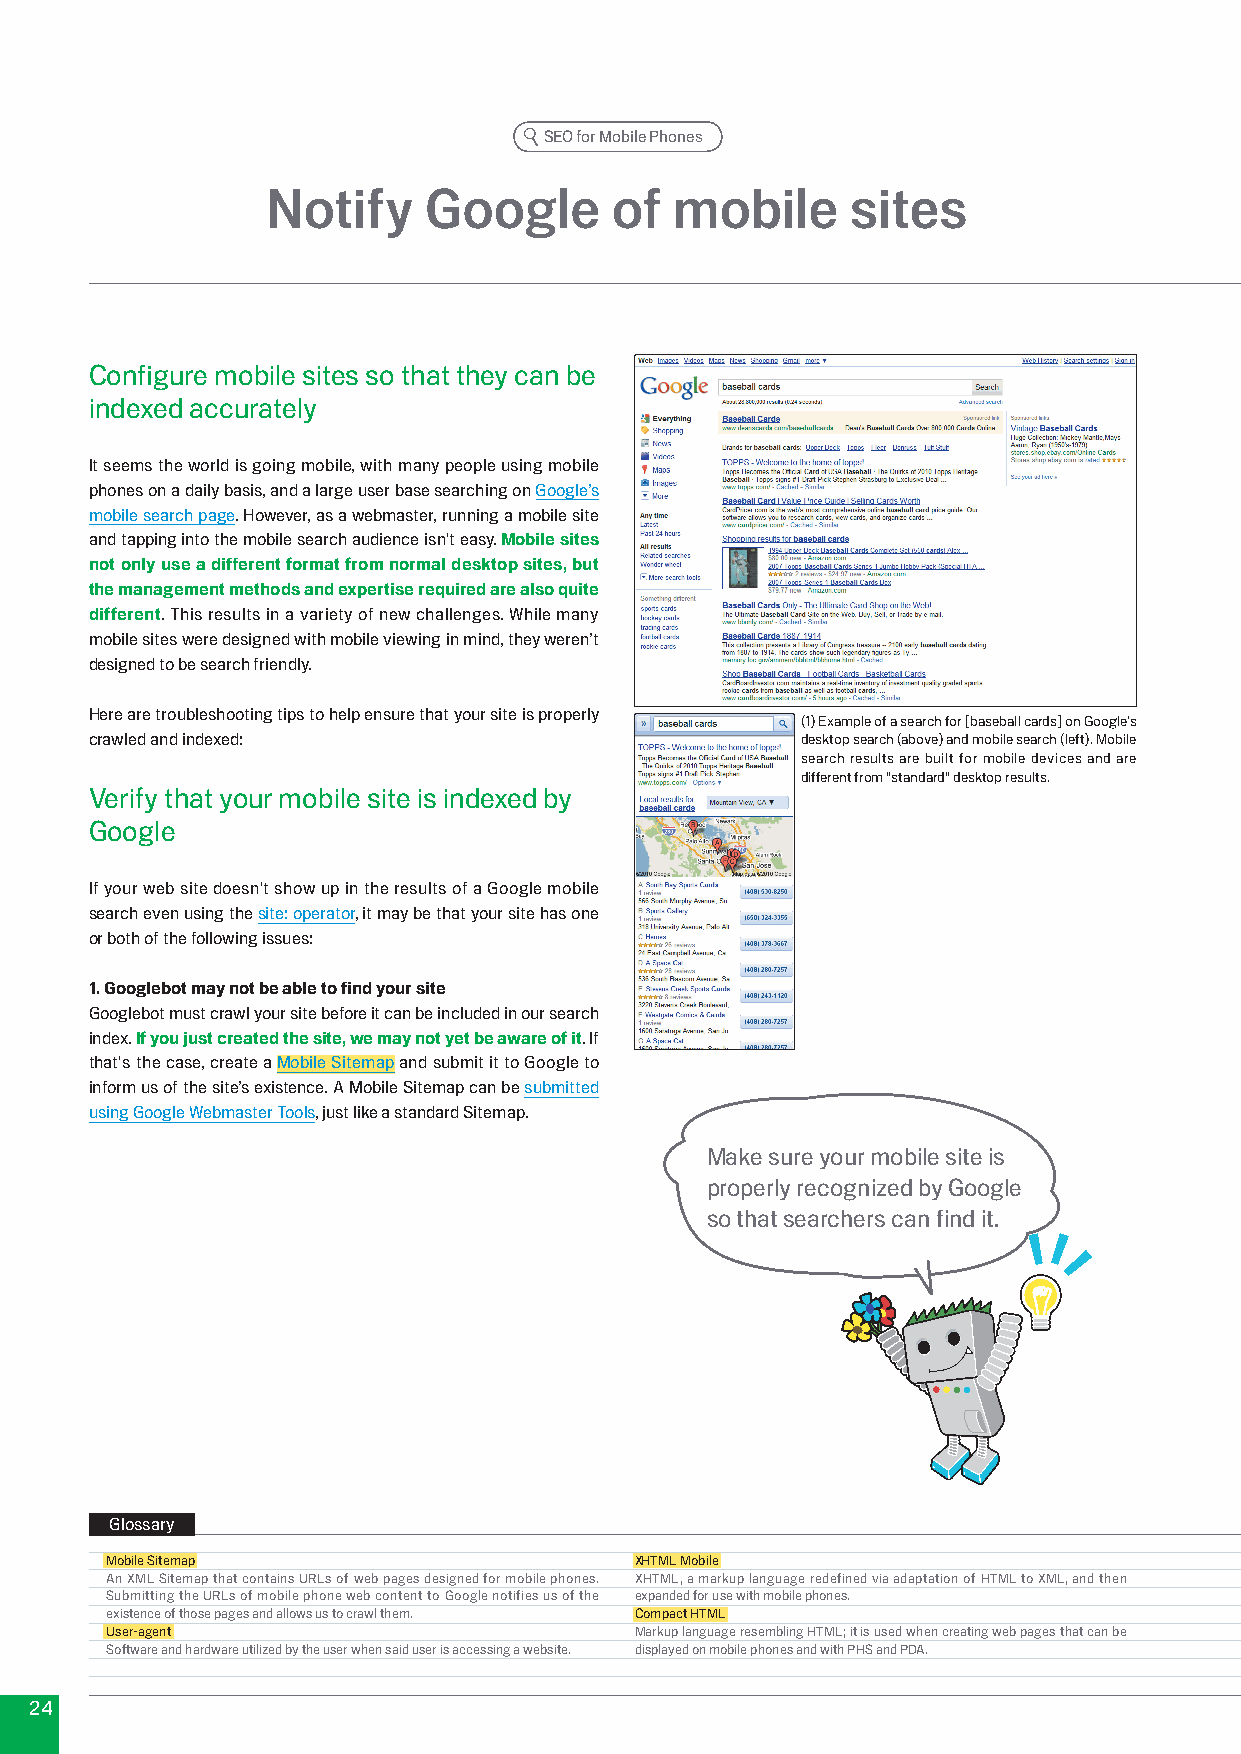
SEO for Mobile Phones
 Notify    Google      of   mobile     sites
 Configure mobile sites so that they can be
 indexed accurately
 It seems the world is going mobile, with many people using mobile
 phones on a daily basis, and a large user base searching on Google’s
 mobile search page. However, as a webmaster, running a mobile site
 and tapping into the mobile search audience isn't easy. Mobile sites
 not only use a different format from normal desktop sites, but
 the management methods and expertise required are also quite
 different. This results in a variety of new challenges. While many
 mobile sites were designed with mobile viewing in mind, they weren’t
 designed to be search friendly.
 Here are troubleshooting tips to help ensure that your site is properly
 (1) Example of a search for [baseball cards] on Google’s
 crawled and indexed:                           desktop search (above) and mobile search (left). Mobile
 search results are built for mobile devices and are
 different from "standard" desktop results.
 Verify that your mobile site is indexed by
 Google
 If your web site doesn't show up in the results of a Google mobile
 search even using the site: operator, it may be that your site has one
 or both of the following issues:
 1. Googlebot may not be able to find your site
 Googlebot must crawl your site before it can be included in our search
 index. If you just created the site, we may not yet be aware of it. If
 that's the case, create a Mobile Sitemap and submit it to Google to
 inform us of the site’s existence. A Mobile Sitemap can be submitted
 using Google Webmaster Tools, just like a standard Sitemap.
 Make sure your mobile site is
 properly recognized by Google
 so that searchers can find it.
 Glossary
 Mobile Sitemap                     XHTML Mobile
 An XML Sitemap that contains URLs of web pages designed for mobile phones. XHTML, a markup language redefined via adaptation of HTML to XML, and then
 Submitting the URLs of mobile phone web content to Google notifies us of the expanded for use with mobile phones.
 existence of those pages and allows us to crawl them. Compact HTML
 User-agent                         Markup language resembling HTML; it is used when creating web pages that can be
 Software and hardware utilized by the user when said user is accessing a website. displayed on mobile phones and with PHS and PDA.
 4